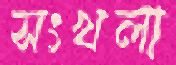
সংখলা